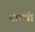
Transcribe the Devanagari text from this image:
याटची